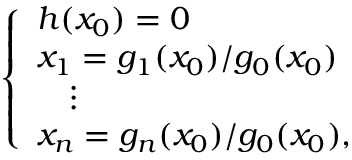
\left\{ \begin{array} { l l } { h ( x _ { 0 } ) = 0 } \\ { x _ { 1 } = g _ { 1 } ( x _ { 0 } ) / g _ { 0 } ( x _ { 0 } ) } \\ { \quad \vdots } \\ { x _ { n } = g _ { n } ( x _ { 0 } ) / g _ { 0 } ( x _ { 0 } ) , } \end{array} \right.